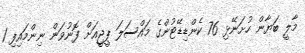
މާލީ ބަޔާން ހުށަނޭޅި 76 ކެންޑިޑޭޓުންގެ މައްސަލަ ޕީޖީއަށް ފޮނުވަން ނިންމައިފި 1